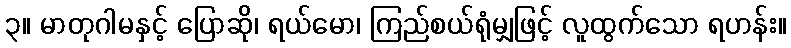
၃။ မာတုဂါမနှင့် ပြောဆို၊ ရယ်မော၊ ကြည်စယ်ရုံမျှဖြင့် လူထွက်သော ရဟန်း။